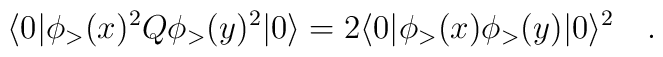
\langle 0|\phi_>(x)^2Q\phi_>(y)^2|0\rangle= 2\langle 0|\phi_>(x)\phi_>(y)|0\rangle^2\quad.